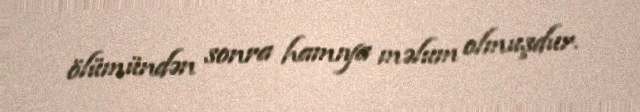
ölümündən sonra hamıya məlum olmuşdur.